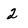
Character: 2